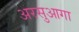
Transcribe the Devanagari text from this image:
अरसुआगा